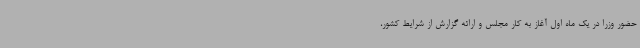
حضور وزرا در یک ماه اول آغاز به کار مجلس و ارائه گزارش از شرایط کشور،